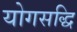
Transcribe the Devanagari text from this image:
योगसद्धि